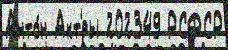
Анто́н Акт'́ры 202349 РСФСР